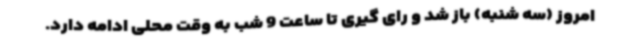
امروز (سه شنبه) باز شد و رای گیری تا ساعت 9 شب به وقت محلی ادامه دارد.